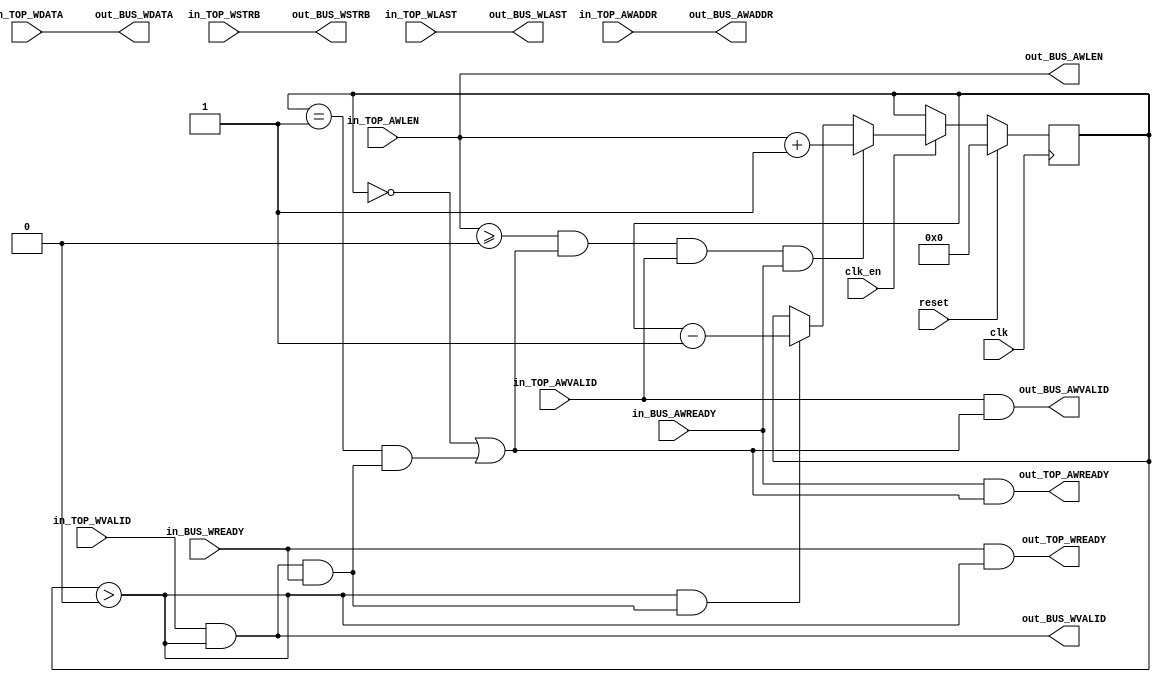
`timescale 1 ns / 1 ps

module kernel3_gmem_C_m_axi_throttle
#(parameter
    CONSERVATIVE   = 0,
    USED_FIX       = 0,
    FIX_VALUE      = 4,
    ADDR_WIDTH     = 32,
    DATA_WIDTH     = 32,
    DEPTH          = 16,
    MAXREQS        = 16,
    AVERAGE_MODE   = 0
)(
    input  wire                      clk,
    input  wire                      reset,
    input  wire                      clk_en,
    input  wire [ADDR_WIDTH-1:0]     in_TOP_AWADDR,
    input  wire [7:0]                in_TOP_AWLEN,
    input  wire                      in_TOP_AWVALID,
    output wire                      out_TOP_AWREADY,
    input  wire [DATA_WIDTH-1:0]     in_TOP_WDATA,
    input  wire [DATA_WIDTH/8-1:0]   in_TOP_WSTRB,
    input  wire                      in_TOP_WLAST,
    input  wire                      in_TOP_WVALID,
    output wire                      out_TOP_WREADY,
    output wire [ADDR_WIDTH-1:0]     out_BUS_AWADDR,
    output wire [7:0]                out_BUS_AWLEN,
    output wire                      out_BUS_AWVALID,
    input  wire                      in_BUS_AWREADY,
    output wire [DATA_WIDTH-1:0]     out_BUS_WDATA,
    output wire [DATA_WIDTH/8-1:0]   out_BUS_WSTRB,
    output wire                      out_BUS_WLAST,
    output wire                      out_BUS_WVALID,
    input  wire                      in_BUS_WREADY);
    function integer log2;
        input integer x;
        integer n, m;
    begin
        n = 0;
        m = 1;
        while (m < x) begin
            n = n + 1;
            m = m * 2;
        end
        log2 = n;
    end
    endfunction
// aggressive mode
    generate
    if (CONSERVATIVE == 0) begin
        localparam threshold = (USED_FIX)? FIX_VALUE-1 : 0;
        wire                req_en;
        wire                handshake;
        wire  [7:0]         load_init;
        reg   [8:0]         throttl_cnt;
        // AW Channel
        assign out_BUS_AWADDR = in_TOP_AWADDR;
        assign out_BUS_AWLEN  = in_TOP_AWLEN;
        // W Channel
        assign out_BUS_WDATA  = in_TOP_WDATA;
        assign out_BUS_WSTRB  = in_TOP_WSTRB;
        assign out_BUS_WLAST  = in_TOP_WLAST;
        assign out_BUS_WVALID = in_TOP_WVALID & (throttl_cnt > 0);
        assign out_TOP_WREADY = in_BUS_WREADY & (throttl_cnt > 0);
        if (USED_FIX) begin
            assign load_init = FIX_VALUE-1;
            assign handshake = 1'b1;
        end else if (AVERAGE_MODE) begin
            assign load_init = in_TOP_AWLEN;
            assign handshake = 1'b1;
        end else begin
            assign load_init = in_TOP_AWLEN;
            assign handshake = out_BUS_WVALID & in_BUS_WREADY;
        end
        assign out_BUS_AWVALID = in_TOP_AWVALID & req_en;
        assign out_TOP_AWREADY = in_BUS_AWREADY & req_en;
        assign req_en = (throttl_cnt == 0) | (throttl_cnt == 1 & handshake);
        always @(posedge clk)
        begin
            if (reset)
                throttl_cnt <= 0;
            else if (clk_en) begin
                if (in_TOP_AWLEN >= threshold && req_en && in_TOP_AWVALID && in_BUS_AWREADY)
                    throttl_cnt <= load_init + 1'b1; //load
                else if (throttl_cnt > 0 && handshake)
                    throttl_cnt <= throttl_cnt - 1'b1;
            end
        end
    end
// conservative mode
    else begin
        localparam CNT_WIDTH = ((DEPTH < 4)? 2 : log2(DEPTH)) + 1;
        // Instantiation for reg slice for AW channel
        wire                        rs_req_ready;
        wire                        rs_req_valid;
        wire [ADDR_WIDTH + 7 : 0]   rs_req_in;
        wire [ADDR_WIDTH + 7 : 0]   rs_req_out;
        kernel3_gmem_C_m_axi_reg_slice #(
            .DATA_WIDTH     (ADDR_WIDTH + 8)
        ) rs_req (
            .clk            (clk),
            .reset          (reset),
            .s_data         (rs_req_in),
            .s_valid        (rs_req_valid),
            .s_ready        (rs_req_ready),
            .m_data         (rs_req_out),
            .m_valid        (out_BUS_AWVALID),
            .m_ready        (in_BUS_AWREADY));
        wire  [DATA_WIDTH + DATA_WIDTH/8 : 0]   data_in;
        wire  [DATA_WIDTH + DATA_WIDTH/8 : 0]   data_out;
        wire  [ADDR_WIDTH + 7 : 0]              req_in;
        reg                                     req_en;
        wire                                    data_en;
        wire                                    fifo_valid;
        wire                                    read_fifo;
        wire                                    req_fifo_valid;
        wire                                    read_req;
        wire                                    data_push;
        wire                                    data_pop;
        reg                                     flying_req;
        reg   [CNT_WIDTH-1 : 0]                 last_cnt;
        //AW Channel
        assign req_in   = {in_TOP_AWLEN, in_TOP_AWADDR};
        assign out_BUS_AWADDR = rs_req_out[ADDR_WIDTH-1 : 0];
        assign out_BUS_AWLEN  = rs_req_out[ADDR_WIDTH+7 : ADDR_WIDTH];
        assign rs_req_valid = req_fifo_valid & req_en;
        assign read_req      = rs_req_ready & req_en;
        always @(*)
        begin
            if (~flying_req & data_en)
                req_en <= 1;
            else if (flying_req & (out_BUS_WLAST & data_pop) & (last_cnt[CNT_WIDTH-1:1] != 0))
                req_en <= 1;
            else
                req_en <= 0;
        end
        always @(posedge clk)
        begin
            if (reset)
                flying_req <= 0;
            else if (clk_en) begin
                if (rs_req_valid & rs_req_ready)
                    flying_req <= 1;
                else if (out_BUS_WLAST & data_pop)
                    flying_req <= 0;
            end
        end
        kernel3_gmem_C_m_axi_fifo #(
            .DATA_WIDTH     (ADDR_WIDTH + 8),
            .ADDR_WIDTH     (log2(MAXREQS)),
            .DEPTH          (MAXREQS)
        ) req_fifo (
            .clk            (clk),
            .reset          (reset),
            .clk_en         (clk_en),
            .if_full_n      (out_TOP_AWREADY),
            .if_write       (in_TOP_AWVALID),
            .if_din         (req_in),
            .if_empty_n     (req_fifo_valid),
            .if_read        (read_req),
            .if_dout        (rs_req_in),
            .if_num_data_valid());
        //W Channel
        assign data_in  = {in_TOP_WLAST, in_TOP_WSTRB, in_TOP_WDATA};
        assign out_BUS_WDATA = data_out[DATA_WIDTH-1 : 0];
        assign out_BUS_WSTRB = data_out[DATA_WIDTH+DATA_WIDTH/8-1 : DATA_WIDTH];
        assign out_BUS_WLAST = data_out[DATA_WIDTH+DATA_WIDTH/8];
        assign out_BUS_WVALID = fifo_valid & data_en & flying_req;
        assign data_en   = last_cnt != 0;
        assign data_push = in_TOP_WVALID & out_TOP_WREADY;
        assign data_pop  = fifo_valid & read_fifo;
        assign read_fifo = in_BUS_WREADY & data_en & flying_req;
        always @(posedge clk)
        begin
            if (reset)
                last_cnt <= 0;
            else if (clk_en) begin
                if ((in_TOP_WLAST & data_push) && ~(out_BUS_WLAST & data_pop))
                    last_cnt <= last_cnt + 1;
                else if (~(in_TOP_WLAST & data_push) && (out_BUS_WLAST & data_pop))
                    last_cnt <= last_cnt - 1;
            end
        end

        kernel3_gmem_C_m_axi_fifo #(
            .DATA_WIDTH     (DATA_WIDTH + DATA_WIDTH/8 + 1),
            .ADDR_WIDTH     (log2(DEPTH)),
            .DEPTH          (DEPTH)
        ) data_fifo (
            .clk            (clk),
            .reset          (reset),
            .clk_en         (clk_en),
            .if_full_n      (out_TOP_WREADY),
            .if_write       (in_TOP_WVALID),
            .if_din         (data_in),
            .if_empty_n     (fifo_valid),
            .if_read        (read_fifo),
            .if_dout        (data_out),
            .if_num_data_valid());
        end
    endgenerate
endmodule